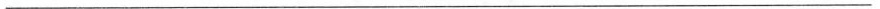
___